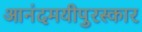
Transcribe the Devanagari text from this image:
आनंदमयीपुरस्कार